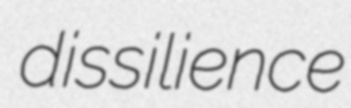
dissilience